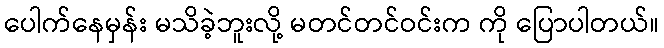
ပေါက်နေမှန်း မသိခဲ့ဘူးလို့ မတင်တင်ဝင်းက ကို ပြောပါတယ်။